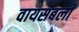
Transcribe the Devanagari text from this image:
वायसबली